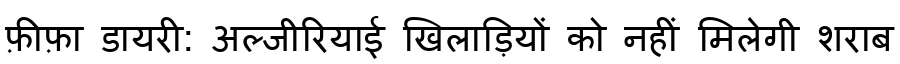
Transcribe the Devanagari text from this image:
फ़ीफ़ा डायरी: अल्जीरियाई खिलाड़ियों को नहीं मिलेगी शराब